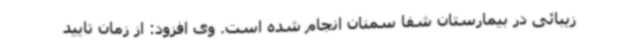
زیبائی در بیمارستان شفا سمنان انجام شده است. وی افزود: از زمان تایید